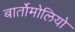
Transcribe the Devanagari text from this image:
बार्तोमोलियो